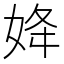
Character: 𡜠